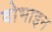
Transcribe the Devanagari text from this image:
वोभाइन